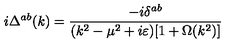
i \Delta ^ { a b } ( k ) = \frac { - i \delta ^ { a b } } { ( k ^ { 2 } - \mu ^ { 2 } + i \varepsilon ) [ 1 + \Omega ( k ^ { 2 } ) ] }